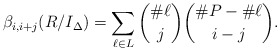
\begin{align*}\beta_{i, i+j} (R/I_{\Delta}) = \sum_{\ell \in L} \binom{\# \ell}{j} \binom{\# P - \# \ell}{i - j}. \end{align*}